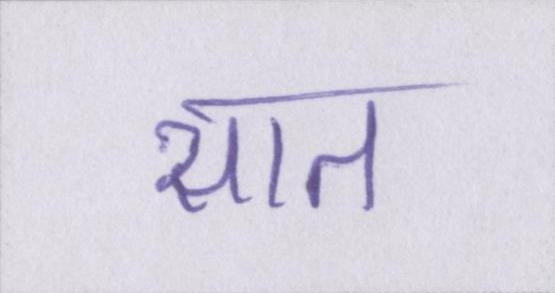
सात